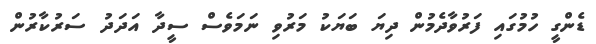
ޑެންގީ ހުމުގައި ފަރުވާދެމުން ދިޔަ ބަޔަކު މަރުވި ނަމަވެސް ސީދާ އަދަދު ސަރުކާރުން